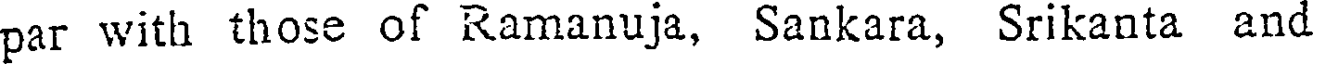
par with those of Ramanuja, Sankara, Srikanta and